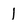
Character: I